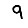
Digit: 9